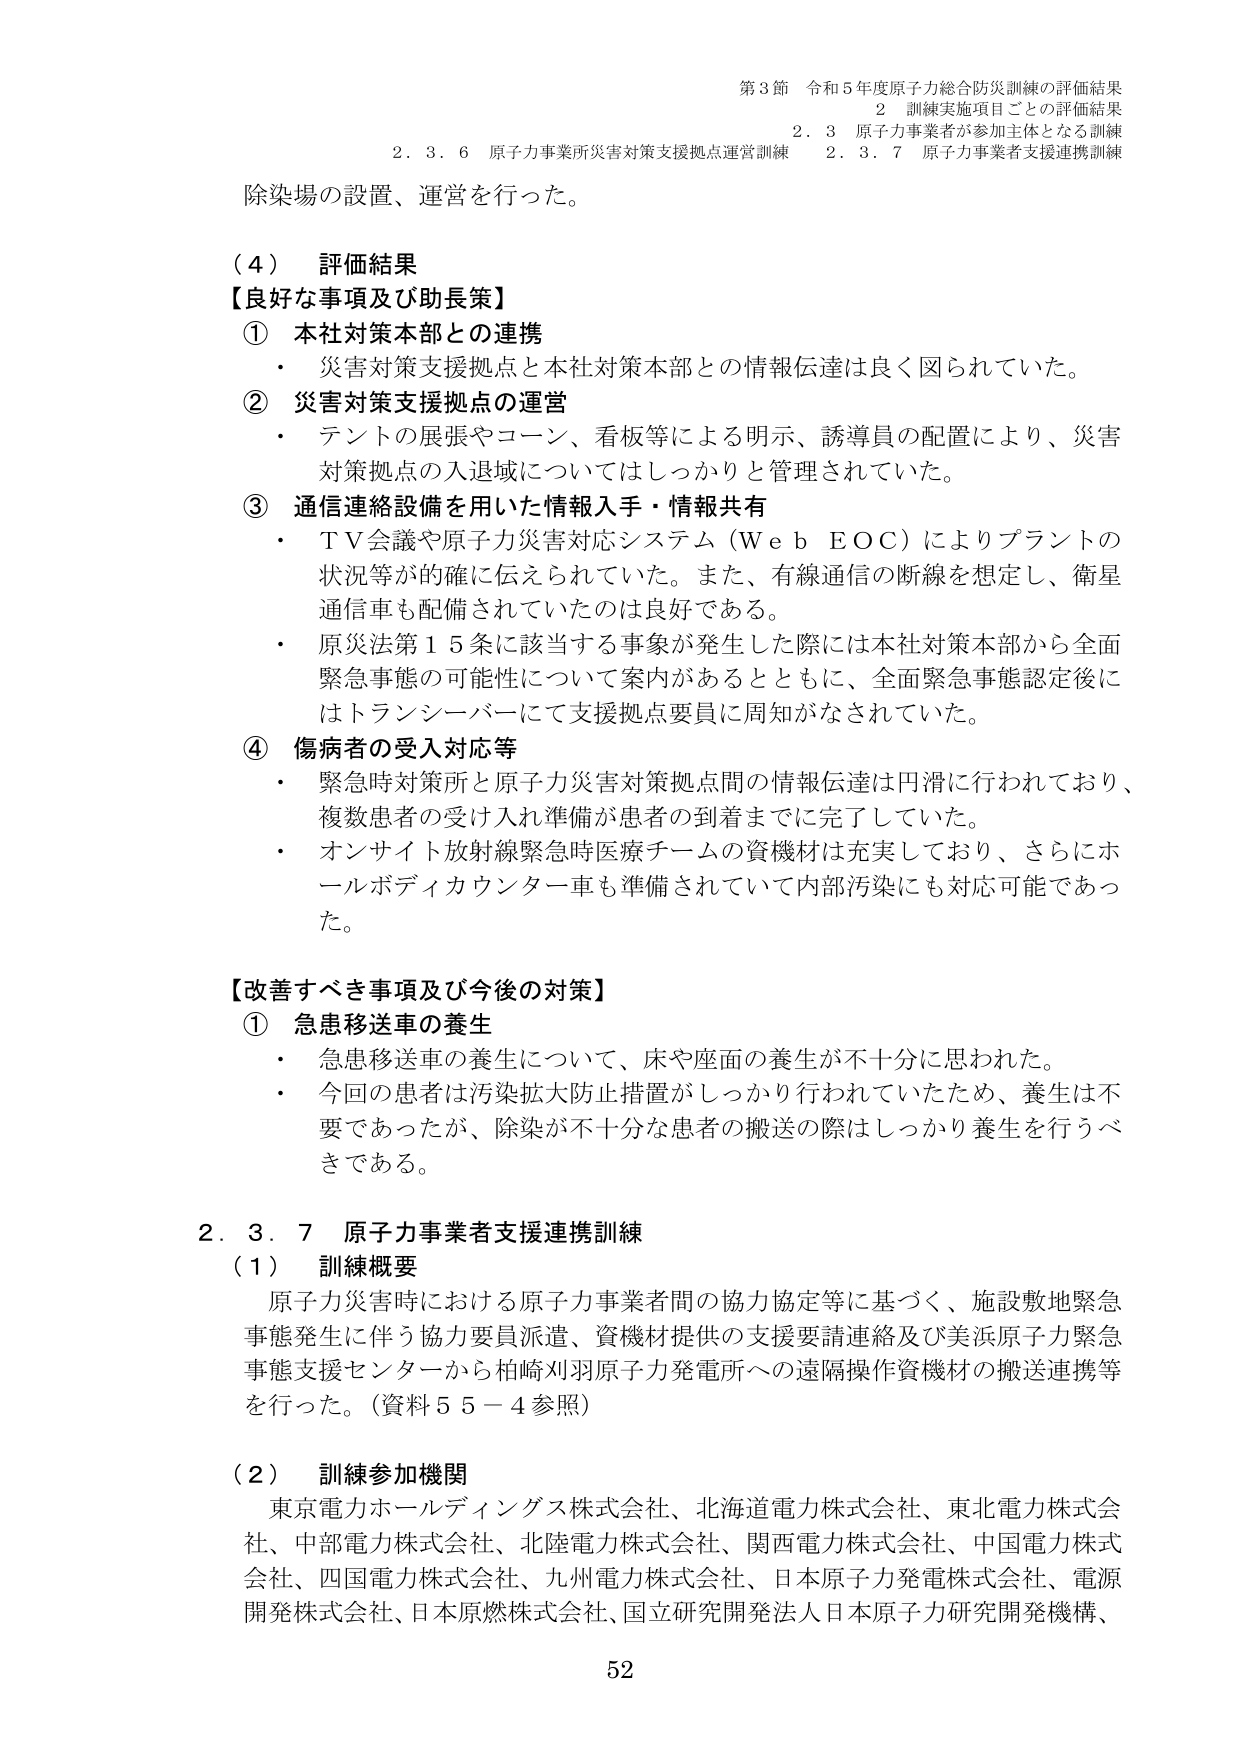
第3節 令和5年度原子力総合防災訓練の評価結果
2 訓練実施項目ごとの評価結果
2.3 原子力事業者が参加主体となる訓練
2.3.6 原子力事業所災害対策支援拠点運営訓練 2.3.7 原子力事業者支援連携訓練

除染場の設置、運営を行った。

（4） 評価結果
【良好な事項及び助長策】
① 本社対策本部との連携
・ 災害対策支援拠点と本社対策本部との情報伝達は良く図られていた。

② 災害対策支援拠点の運営
・ テントの展張やコーン、看板等による明示、誘導員の配置により、災害対策拠点の入退域についてはしっかりと管理されていた。

③ 通信連絡設備を用いた情報入手・情報共有
・ ＴＶ会議や原子力災害対応システム（Ｗｅｂ ＥＯＣ）によりプラントの状況等が的確に伝えられていた。また、有線通信の断線を想定し、衛星通信車も配備されていたのは良好である。
・ 原災法第15条に該当する事象が発生した際には本社対策本部から全面緊急事態の可能性について案内があるとともに、全面緊急事態認定後にはトランシーバーにて支援拠点要員に周知がなされていた。

④ 傷病者の受入対応等
・ 緊急時対策所と原子力災害対策拠点間の情報伝達は円滑に行われており、複数患者の受け入れ準備が患者の到着までに完了していた。
・ オンサイト放射線緊急時医療チームの資機材は充実しており、さらにホールボディカウンター車も準備されていて内部汚染にも対応可能であった。

【改善すべき事項及び今後の対策】
① 急患移送車の養生
・ 急患移送車の養生について、床や座面の養生が不十分に思われた。
・ 今回の患者は汚染拡大防止措置がしっかり行われていたため、養生は不要であったが、除染が不十分な患者の搬送の際はしっかり養生を行うべきである。

2.3.7 原子力事業者支援連携訓練
（1） 訓練概要
原子力災害時における原子力事業者間の協力協定等に基づく、施設敷地緊急事態発生に伴う協力要員派遣、資機材提供の支援要請連絡及び美浜原子力緊急事態支援センターから柏崎刈羽原子力発電所への遠隔操作資機材の搬送連携等を行った。（資料55－4参照）

（2） 訓練参加機関
東京電力ホールディングス株式会社、北海道電力株式会社、東北電力株式会社、中部電力株式会社、北陸電力株式会社、関西電力株式会社、中国電力株式会社、四国電力株式会社、九州電力株式会社、日本原子力発電株式会社、電源開発株式会社、日本原燃株式会社、国立研究開発法人日本原子力研究開発機構、

52